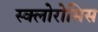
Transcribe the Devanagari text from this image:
स्क्लोरोसिस